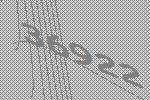
36922